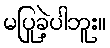
မပြုခဲ့ပါဘူး။